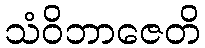
သံဝိဘာဇေတိ